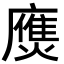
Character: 𢋗